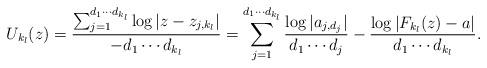
LaTeX: \begin{align*} U_{k_l}(z)=\frac{\sum_{j=1}^{d_1\cdots d_{k_l}}\log{|z-z_{j,k_l}|}}{-d_1\cdots d_{k_l}}=\sum_{j=1}^{d_1\cdots d_{k_l}}\frac{\log{|a_{j,d_j}|}}{d_1\cdots d_j}-\frac{\log{|F_{k_l}(z)-a|}}{d_1\cdots d_{k_l}}.\end{align*}